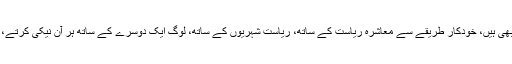
انھوں نے اپنی نیکیاں خود بنائی ہیں، وہ عمل پیرا بھی ہیں، خودکار طریقے سے معاشرہ ریاست کے ساتھ، ریاست شہریوں کے ساتھ، لوگ ایک دوسرے کے ساتھ ہر آن نیکی کرتے، اخلاق برتتے، باہمی معاونت کرتے نظر آتے ہیں۔